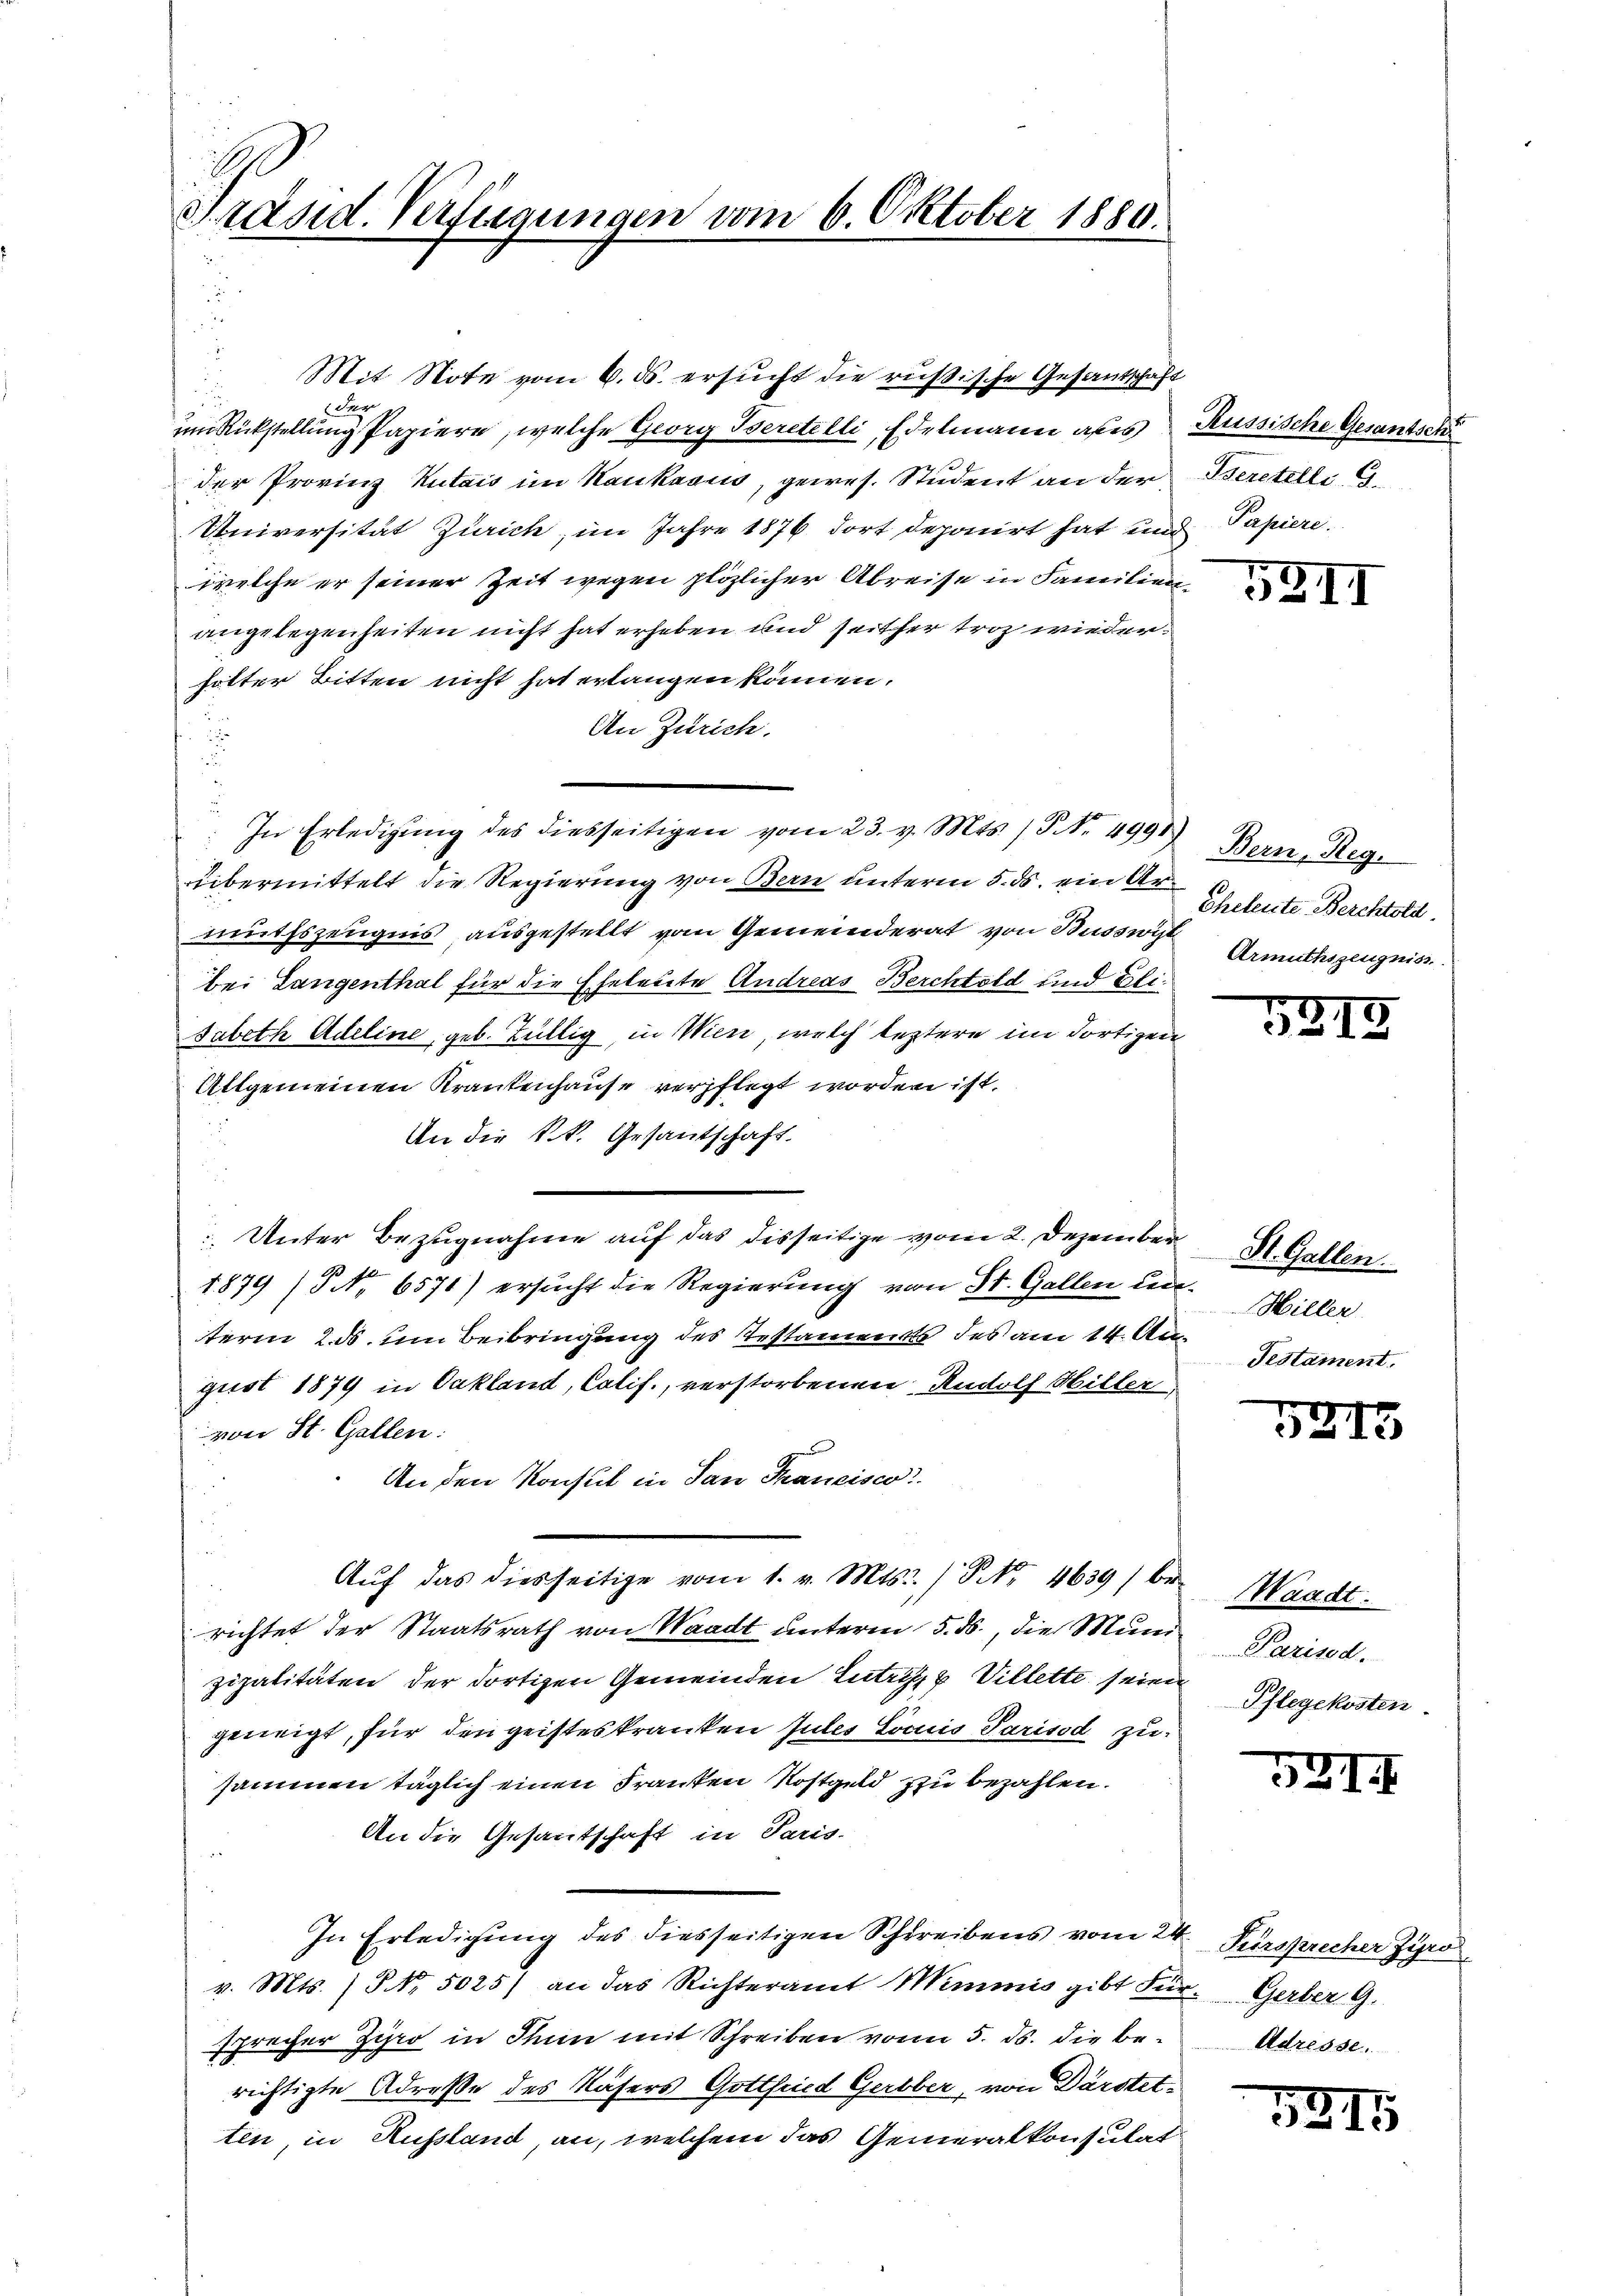
Präsid. Verfügungen vom 6. Oktober 1880.

der
unRückstellung Papiere, welche Georg Iserstelli Edelmann als
der Provinz Kutais im Kaukasus, gewes. Student an der Beratelli, G.
Universität Zürich, im Jahre 1876 dort deponirt hat und
welche er seiner Zeit wegen plözlicher Abreise in Familien
angelegenheiten nicht hat erheben und seither troz wieder
holter Bitten nicht hat erlangen können.
An Zürich.
u
übermittelt die Regierung von Bern unterm 5. ds. ein der Eheleute Berchtold
müthszeugnis ausgestellt vom Gemeinderat von Busswit
bei Langenthal für die Eheleute Andreas Berchtold und Elisabeth Adeline, geb. Tüllig, in Wien, welch leztere im dortigen
Allgemeinen Krankenhause verpflegt worden ist.
An die k.k. Gesantschaft.
 Unter Bezugnahme auf das disseitige vom 2. Dezember
1879 (5 No 6571) ersucht die Regierung von St. Gallen Centerm 2. ds um Beibringung des Testaments des am 14. A. Bestiment.
girt 1879 in Pakland, Cotif., verstorbenen Rudolf Willer,
von St. Gallen:
An den Konsul in San Francisco
e
Aŭf das diesseitige vom 1. v. Mts. No. 4639) be-
richtet der Staatsrath von Waadt unterm 5. ds., die Mund
zipalitäten der dortigen Gemeinden Zutritz u Villette seien
geneigt, für den geisteskranken Jules Lois Parisod zu
sammen täglich einen Franken Kostgeld zu bezahlen.
An die Gesantschaft in Paris-
In Erledigung des diesseitigen Schreibens vom 24. Fürsprecher Zuro
v. Mts. / NNo. 5025) an das Richteramt Mimmis gibt Für Gerber G.
sprecher Zipio in Thun mit Schreiben von 5. ds. die berichtigte Adresse des Nasers Gottfried Gerbber, von Darstetten, in Russland, an, welchem das Generalkonsulat

In Erledigung des diesseitigen vom 23. v. Mts. (T No. 4991

Mit Note vom 6. ds. ersucht die rußische Gesantschaft

Russische Gesandsch
Papiere.

52II

Bern, Reg.
Armuthszeugniss

5315

St. Gallen.
Hiller

5243

Waadt.
Parised.
Pflegekosten.

521

Adresse.

5215